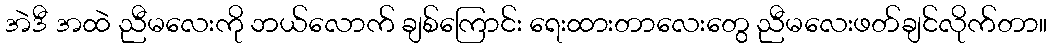
အဲဒီ အထဲ ညီမလေးကို ဘယ်လောက် ချစ်ကြောင်း ရေးထားတာလေးတွေ ညီမလေးဖတ်ချင်လိုက်တာ။